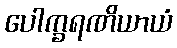
ပေါက္ခရဏိယာယံ